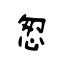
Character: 怱